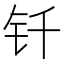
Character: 钎